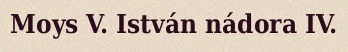
Moys V. István nádora IV.